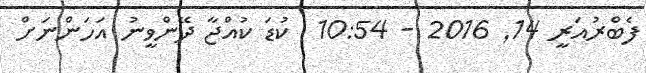
ފެބްރުއަރީ 14